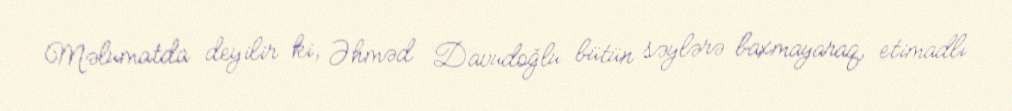
Məlumatda deyilir ki, Əhməd Davudoğlu bütün səylərə baxmayaraq, etimadlı